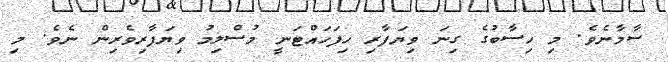
ސާމާނެވެ. މި ހިސާބުގެ ގިނަ ވިޔަފާރި ހިފަހައްޓަނީ މުސްލިމު ވިޔަފާރިވެރިން ނެވެ. މި